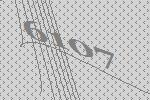
6107